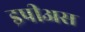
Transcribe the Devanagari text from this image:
इपीअस